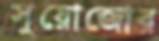
সুয়োজোর